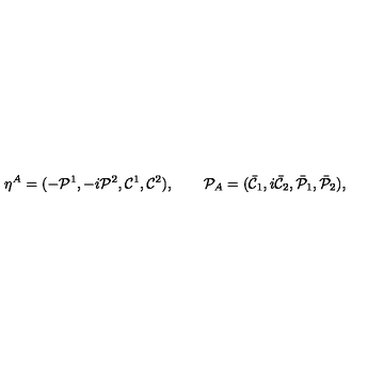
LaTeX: \eta ^ { A } = ( - { \cal P } ^ { 1 } , - i { \cal P } ^ { 2 } , { \cal C } ^ { 1 } , { \cal C } ^ { 2 } ) , \qquad { \cal P } _ { A } = ( { \bar { \cal C } } _ { 1 } , i { \bar { \cal C } } _ { 2 } , { \bar { \cal P } } _ { 1 } , { \bar { \cal P } } _ { 2 } ) ,